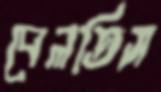
বেলতিস